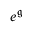
e ^ { \mathfrak { g } }